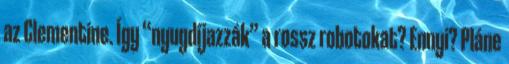
az Clementine. Így “nyugdíjazzák” a rossz robotokat? Ennyi? Pláne